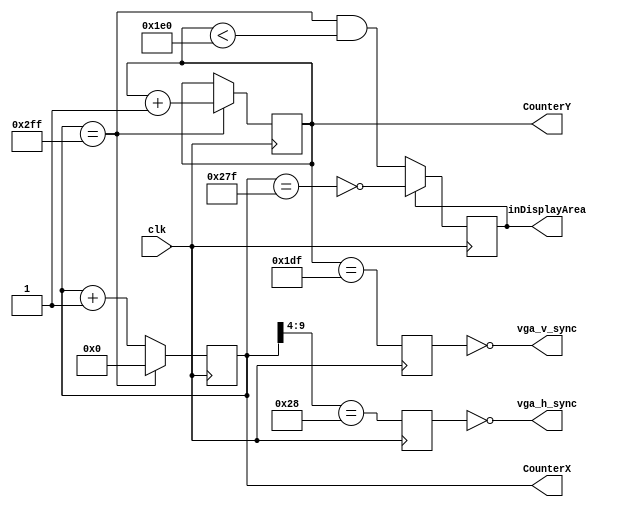
module hvsync_generator(clk, vga_h_sync, vga_v_sync, inDisplayArea, CounterX, CounterY);

input clk;  // 25MHz clock after division
output vga_h_sync, vga_v_sync;
output inDisplayArea;
output [9:0] CounterX;
output [8:0] CounterY;

reg [9:0] CounterX;
reg [8:0] CounterY;
wire CounterXmaxed = (CounterX == 10'h2FF); //Maximum horizontal distance

always @(posedge clk)
if(CounterXmaxed)      //reset horizontal count
	CounterX <= 0;
else
	CounterX <= CounterX + 1; //increment counter if not overflow

always @(posedge clk)
	if(CounterXmaxed) CounterY <= CounterY + 1; //increment vertical counter

reg	vga_HS, vga_VS;

always @(posedge clk)
begin
	vga_HS <= (CounterX[9:4] == 6'h28); // change this value to move the display horizontally
	vga_VS <= (CounterY == 479); // change this value to move the display vertically
end

reg inDisplayArea;

always @(posedge clk)
if(inDisplayArea == 0)
	inDisplayArea <= (CounterXmaxed) && (CounterY < 480); //maximum display area possible
else
	inDisplayArea <= !(CounterX == 639); //for horizontal
	
assign vga_h_sync = ~vga_HS; //complemented output for VGA signal
assign vga_v_sync = ~vga_VS;

endmodule